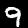
Label: 9